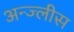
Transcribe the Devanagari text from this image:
अन्ज्लीस